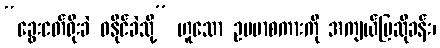
“ခွေးငတ်ရိုးခဲ ဝနိုင်ခဲသို့” ဟူသော ဥပမာစကားကို အကျယ်ပြဆိုခန်း၊